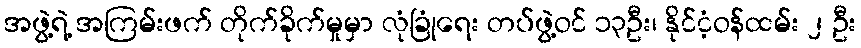
အဖွဲ့ရဲ့ အကြမ်းဖက် တိုက်ခိုက်မှုမှာ လုံခြုံရေး တပ်ဖွဲ့ဝင် ၁၃ဦး၊ နိုင်ငံ့ဝန်ထမ်း ၂ ဦး